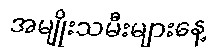
အမျိုးသမီးများနေ့